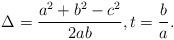
LaTeX: \begin{align*}\Delta=\frac{a^2+b^2-c^2}{2ab},t=\frac{b}{a}.\end{align*}